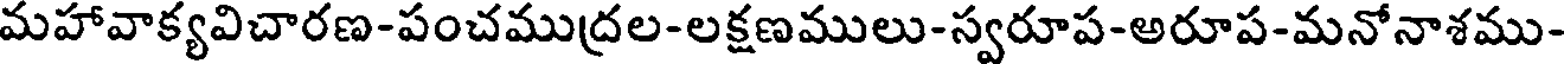
మహావాక్యవిచారణ-పంచముద్రల-లక్షణములు-స్వరూప-అరూప-మనోనాశము-